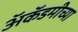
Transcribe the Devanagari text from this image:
अॅकॅडमीच्या